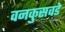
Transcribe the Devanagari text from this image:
वनकुसवडे